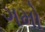
ગમો